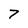
Character: 7